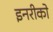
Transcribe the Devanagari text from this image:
इनरीको